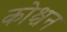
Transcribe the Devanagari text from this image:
कोश्चन